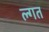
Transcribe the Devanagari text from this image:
ल्गत